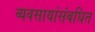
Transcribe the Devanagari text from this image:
व्यवसायांसंबधित